Scottish Leaving Certificate Examination, 1952
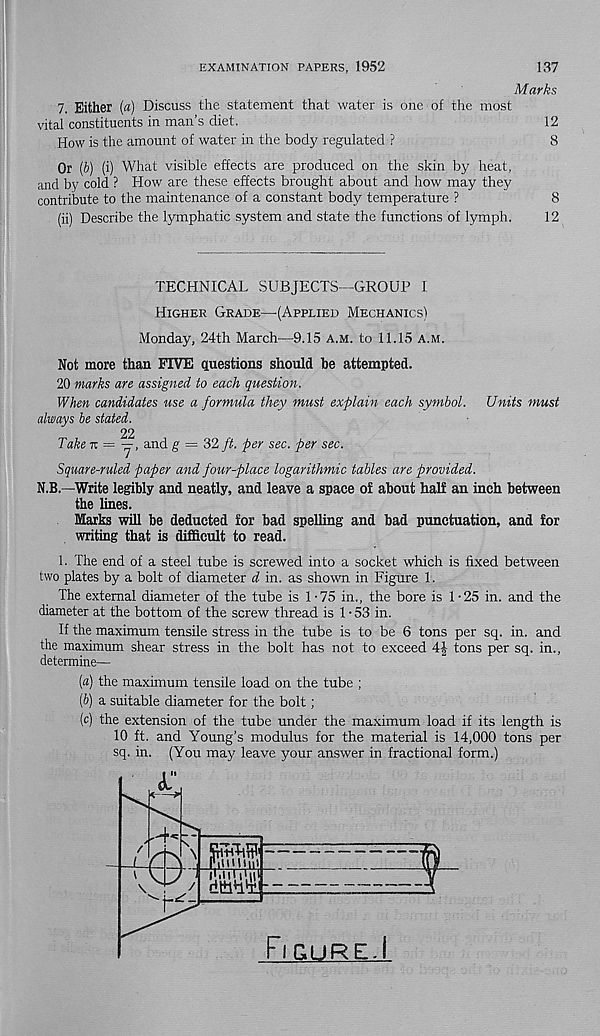
EXAMINATION PAPERS, 1952
137
Marks
7. Either (a) Discuss the statement that water is one of the most
vital constituents in man’s diet.
12
How is the amount of water in the body regulated ?
8
Or [b) (i) What visible effects are produced on the skin by heat,
and by cold ? How are these effects brought about and how may they
contribute to the maintenance of a constant body temperature ?
8
(ii) Describe the lymphatic system and state the functions of lymph.
12
TECHNICAL SUBJECTS—GROUP I
Higher Grade—(Applied Mechanics)
Monday, 24th March—9.15 a.m. to 11.15 A.m.
Not more than FIVE questions should he attempted.
20 marks are assigned to each question.
When candidates use a formula they must explain each symbol. Units must
always be stated.
22
Taken =
and g = 32 ft. per sec. per sec.
Square-ruled paper and four-place logarithmic tables are provided.
N.B.—Write legibly and neatly, and leave a space of about half an inch between
the lines.
Marks will be deducted for bad spelling and bad punctuation, and for
writing that is difficult to read.
1. The end of a steel tube is screwed into a socket which is fixed between
two plates by a bolt of diameter d in. as shown in Figure 1.
The external diameter of the tube is 1 -75 in., the bore is 1-25 in. and the
diameter at the bottom of the screw thread is 1-53 in.
If the maximum tensile stress in the tube is to be 6 tons per sq. in. and
the maximum shear stress in the bolt has not to exceed 4| tons per sq. in.,
determine—
[a) the maximum tensile load on the tube ;
[b) a suitable diameter for the bolt;
[c) the extension of the tube under the maximum load if its length is
10 ft. and Young’s modulus for the material is 14,000 tons per
sq. in. (You may leave your answer in fractional form.)
Figure.!